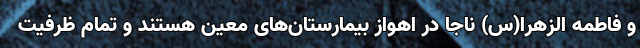
و فاطمه الزهرا(س) ناجا در اهواز بیمارستان‌های معین هستند و تمام ظرفیت